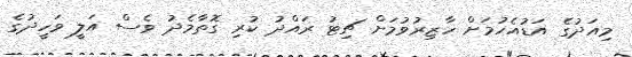
މިއަދުގެ އަޑުއެހުމަށް ހާޒިރުވުމަށް ޗިޓު ރައްދު ކުރި ގޮތާމެދު ވެސް އަލީ ވަހީދުގެ